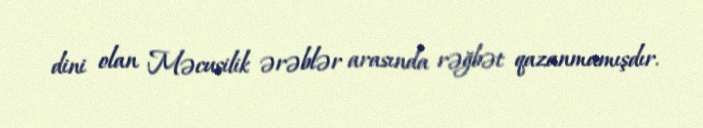
dini olan Məcusilik ərəblər arasında rəğbət qazanmamışdır.